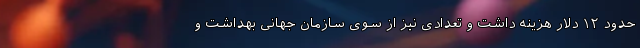
حدود ۱۲ دلار هزینه داشت و تعدادی نیز از سوی سازمان جهانی بهداشت و